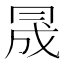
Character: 𠕠